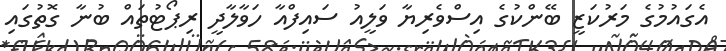
އެގައުމުގެ މަރުކަޒީ ބޭންކުގެ އިސްވެރިޔާ ވަލީއު ސައިފްއާ ހަވާލާދީ ރިޕޯޓުތައް ބުނާ ގޮތުގައި